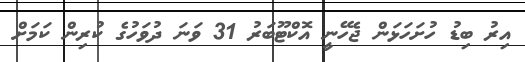
އިރު ބިޑު ހުށަހަޅަން ޖެހޭނީ އޮކްޓޫބަރު 31 ވަނަ ދުވަހުގެ ކުރިން ކަމަށް